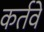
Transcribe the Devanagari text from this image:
कर्तवे